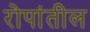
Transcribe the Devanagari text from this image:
रोपांतील